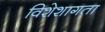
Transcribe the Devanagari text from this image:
विशेशागता